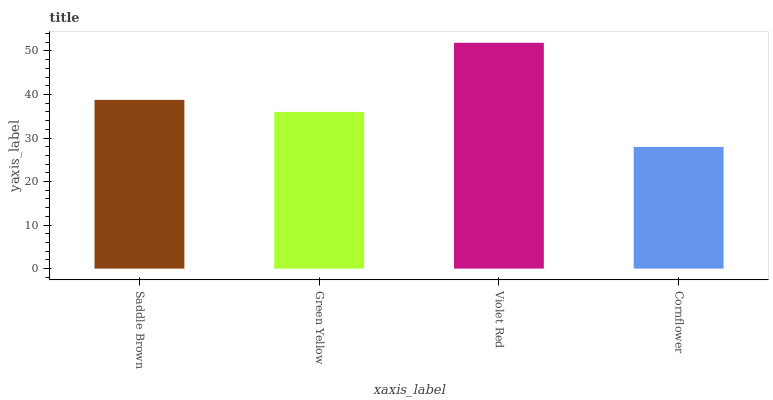
| xaxis_label | bars |
 | --- | --- |
 | Saddle Brown | 38.8 |
 | Green Yellow | 36 |
 | Violet Red | 51.9 |
 | Cornflower | 28 |